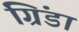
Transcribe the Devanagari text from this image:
ग्रिंडा